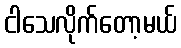
ငါသေလိုက်တော့မယ်